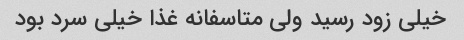
خیلی زود رسید ولی متاسفانه غذا خیلی سرد بود